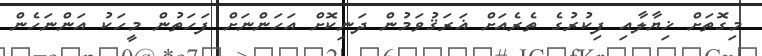
މިގޮތަށް ޚިޔާލާއި ފިކުރުގެ ތެރެއަށް ޣަރަޤުވަމުން ދަނިކޮށް އަހަންނަށް ފަހަތުން މީހަކު އަންނަހެން